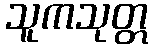
သူကသုတ္တ